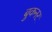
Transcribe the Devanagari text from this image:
बुकनर